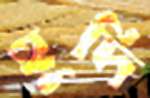
হূদি